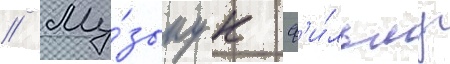
// Му́зыку к ф'и́льму